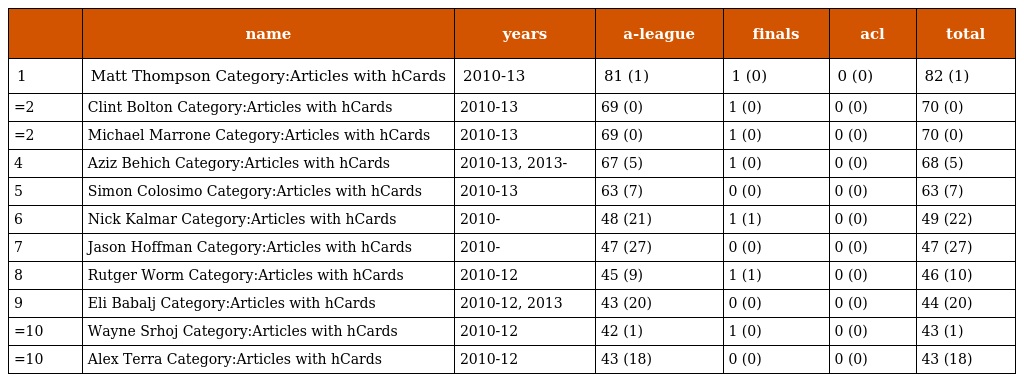
|  | name | years | a-league | finals | acl | total |
 | --- | --- | --- | --- | --- | --- | --- |
 | 1 | Matt Thompson Category:Articles with hCards | 2010-13 | 81 (1) | 1 (0) | 0 (0) | 82 (1) |
 | =2 | Clint Bolton Category:Articles with hCards | 2010-13 | 69 (0) | 1 (0) | 0 (0) | 70 (0) |
 | =2 | Michael Marrone Category:Articles with hCards | 2010-13 | 69 (0) | 1 (0) | 0 (0) | 70 (0) |
 | 4 | Aziz Behich Category:Articles with hCards | 2010-13, 2013- | 67 (5) | 1 (0) | 0 (0) | 68 (5) |
 | 5 | Simon Colosimo Category:Articles with hCards | 2010-13 | 63 (7) | 0 (0) | 0 (0) | 63 (7) |
 | 6 | Nick Kalmar Category:Articles with hCards | 2010- | 48 (21) | 1 (1) | 0 (0) | 49 (22) |
 | 7 | Jason Hoffman Category:Articles with hCards | 2010- | 47 (27) | 0 (0) | 0 (0) | 47 (27) |
 | 8 | Rutger Worm Category:Articles with hCards | 2010-12 | 45 (9) | 1 (1) | 0 (0) | 46 (10) |
 | 9 | Eli Babalj Category:Articles with hCards | 2010-12, 2013 | 43 (20) | 0 (0) | 0 (0) | 44 (20) |
 | =10 | Wayne Srhoj Category:Articles with hCards | 2010-12 | 42 (1) | 1 (0) | 0 (0) | 43 (1) |
 | =10 | Alex Terra Category:Articles with hCards | 2010-12 | 43 (18) | 0 (0) | 0 (0) | 43 (18) |